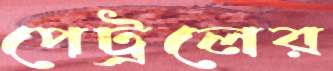
পেট্রলের